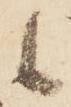
候